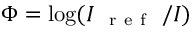
\Phi = \log ( I _ { \mathrm { ~ { ~ r ~ e ~ f ~ } ~ } } / I )